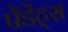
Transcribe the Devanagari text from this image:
पेंडेंट्स